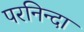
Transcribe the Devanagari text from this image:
परनिन्दा